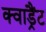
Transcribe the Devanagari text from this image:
क्वाड्रैंट